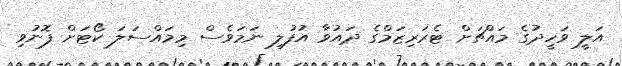
އަލީ ވަހީދުގެ މައްޗަށް ޓެރަރިޒަމްގެ ދައުވާ އުފުލި ނަމަވެސް މިމައްސަލަ ކޯޓަށް ފޮނުވި